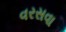
વરસવા